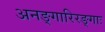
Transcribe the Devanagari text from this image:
अनङ्गारिरङ्गाः